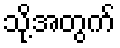
သို့အတွက်